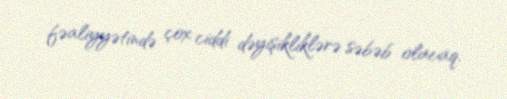
fəaliyyətində çox ciddi dəyişikliklərə səbəb olacaq.